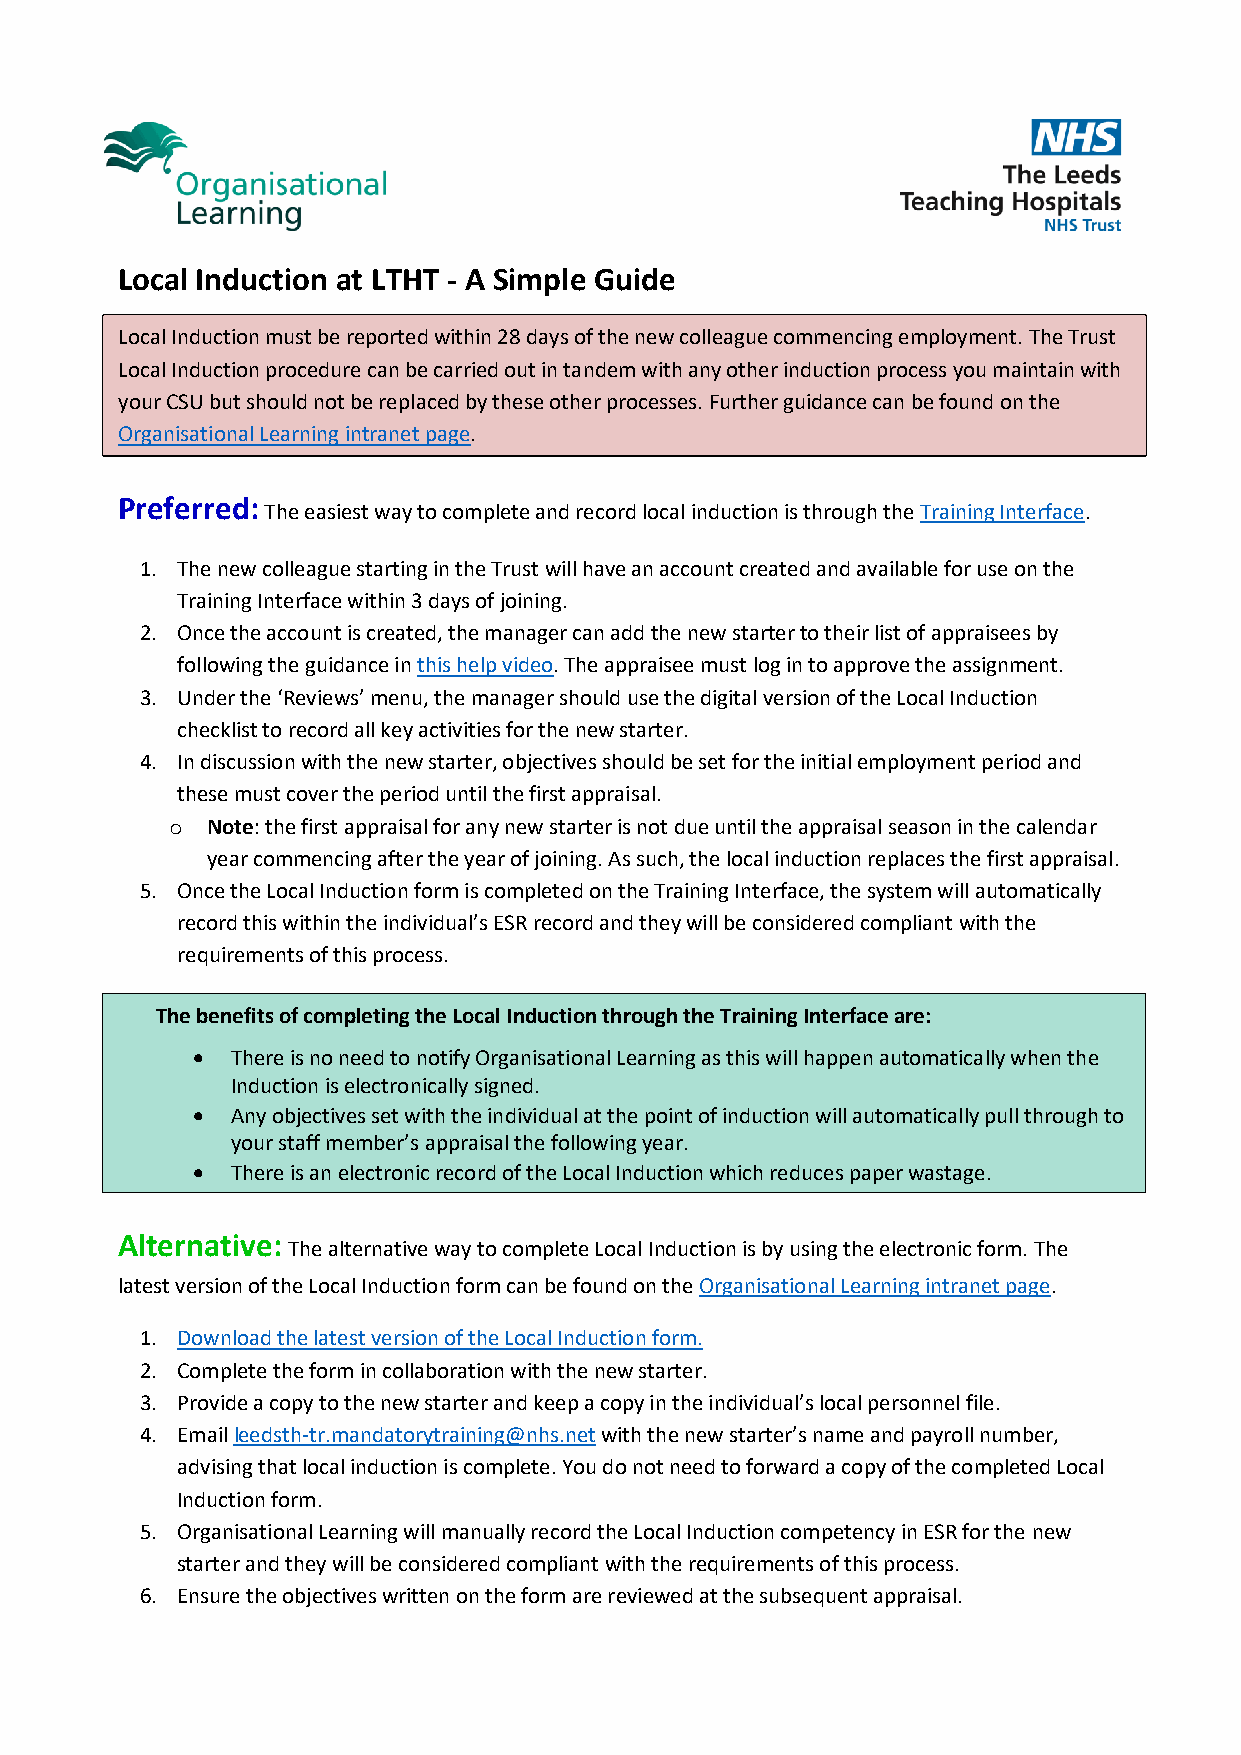
Local Induction at LTHT - A Simple Guide
 Local Induction must be reported within 28 days of the new colleague commencing employment. The Trust
 Local Induction procedure can be carried out in tandem with any other induction process you maintain with
 your CSU but should not be replaced by these other processes. Further guidance can be found on the
 Organisational Learning intranet page.
 Preferred:
 The easiest way to complete and record local induction is through the Training Interface.
 1. The new colleague starting in the Trust will have an account created and available for use on the
 Training Interface within 3 days of joining.
 2. Once the account is created, the manager can add the new starter to their list of appraisees by
 following the guidance in this help video. The appraisee must log in to approve the assignment.
 3. Under the ‘Reviews’ menu, the manager should use the digital version of the Local Induction
 checklist to record all key activities for the new starter.
 4. In discussion with the new starter, objectives should be set for the initial employment period and
 these must cover the period until the first appraisal.
 o  Note: the first appraisal for any new starter is not due until the appraisal season in the calendar
 year commencing after the year of joining. As such, the local induction replaces the first appraisal.
 5. Once the Local Induction form is completed on the Training Interface, the system will automatically
 record this within the individual’s ESR record and they will be considered compliant with the
 requirements of this process.
 The benefits of completing the Local Induction through the Training Interface are:
  There is no need to notify Organisational Learning as this will happen automatically when the
 Induction is electronically signed.
  Any objectives set with the individual at the point of induction will automatically pull through to
 your staff member’s appraisal the following year.
  There is an electronic record of the Local Induction which reduces paper wastage.
 Alternative:
 The alternative way to complete Local Induction is by using the electronic form. The
 latest version of the Local Induction form can be found on the Organisational Learning intranet page.
 1. Download the latest version of the Local Induction form.
 2. Complete the form in collaboration with the new starter.
 3. Provide a copy to the new starter and keep a copy in the individual’s local personnel file.
 4. Email leedsth-tr.mandatorytraining@nhs.net with the new starter’s name and payroll number,
 advising that local induction is complete. You do not need to forward a copy of the completed Local
 Induction form.
 5. Organisational Learning will manually record the Local Induction competency in ESR for the new
 starter and they will be considered compliant with the requirements of this process.
 6. Ensure the objectives written on the form are reviewed at the subsequent appraisal.